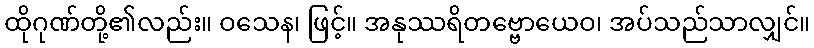
ထိုဂုဏ်တို့၏လည်း။ ဝသေန၊ ဖြင့်။ အနုဿရိတဗ္ဗောယေဝ၊ အပ်သည်သာလျှင်။